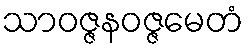
သာဝဇ္ဇနဝဇ္ဇမေတံ